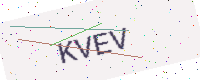
Text: KVEV